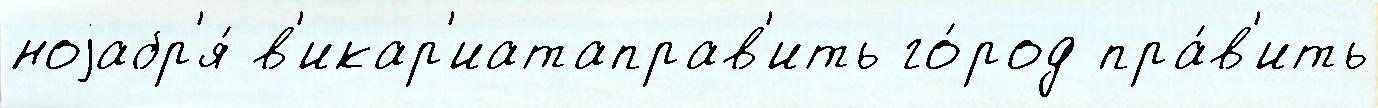
ноjабр'я́ в'икар'иатаправ'ить го́род пра́в'ить